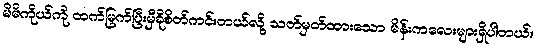
မိမိကိုယ်ကို ထက်မြက်ပြီးမှီခိုစိတ်ကင်းတယ်လို့ သတ်မှတ်ထားသော မိန်းကလေးများရှိပါတယ်။